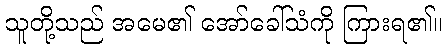
သူတို့သည် အမေ၏ အော်ခေါ်သံကို ကြားရ၏။